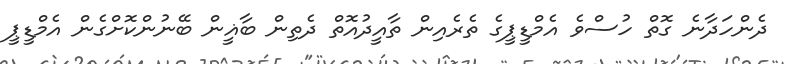
ދެންހަދާނެ ގޮތް ހުސްވެ އެމްޑީޕީގެ ތެރެއިން ތާއީދުއޮތް ދެތިން ބާޣީން ބޭނުންކޮށްގެން އެމްޑީޕީ